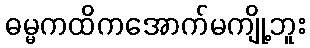
ဓမ္မကထိကအောက်မကျို့ဘူး